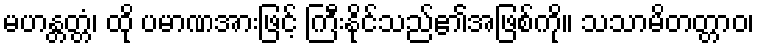
မဟန္တတ္တံ၊ ထို ပမာဏအားဖြင့် ကြီးနိုင်သည်၏အဖြစ်ကို။ သသာမိတတ္တာဝ၊